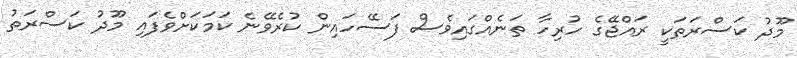
މޫދު ކަސްރަތަކީ ރައްޖޭގެ ހުރިހާ ތަނެއްގައިވެސް ފަސޭހައިން ކުރެވޭނެ ކަމަކަށްވެފައި މޫދު ކަސްރަތު